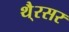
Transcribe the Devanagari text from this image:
थै्रसर